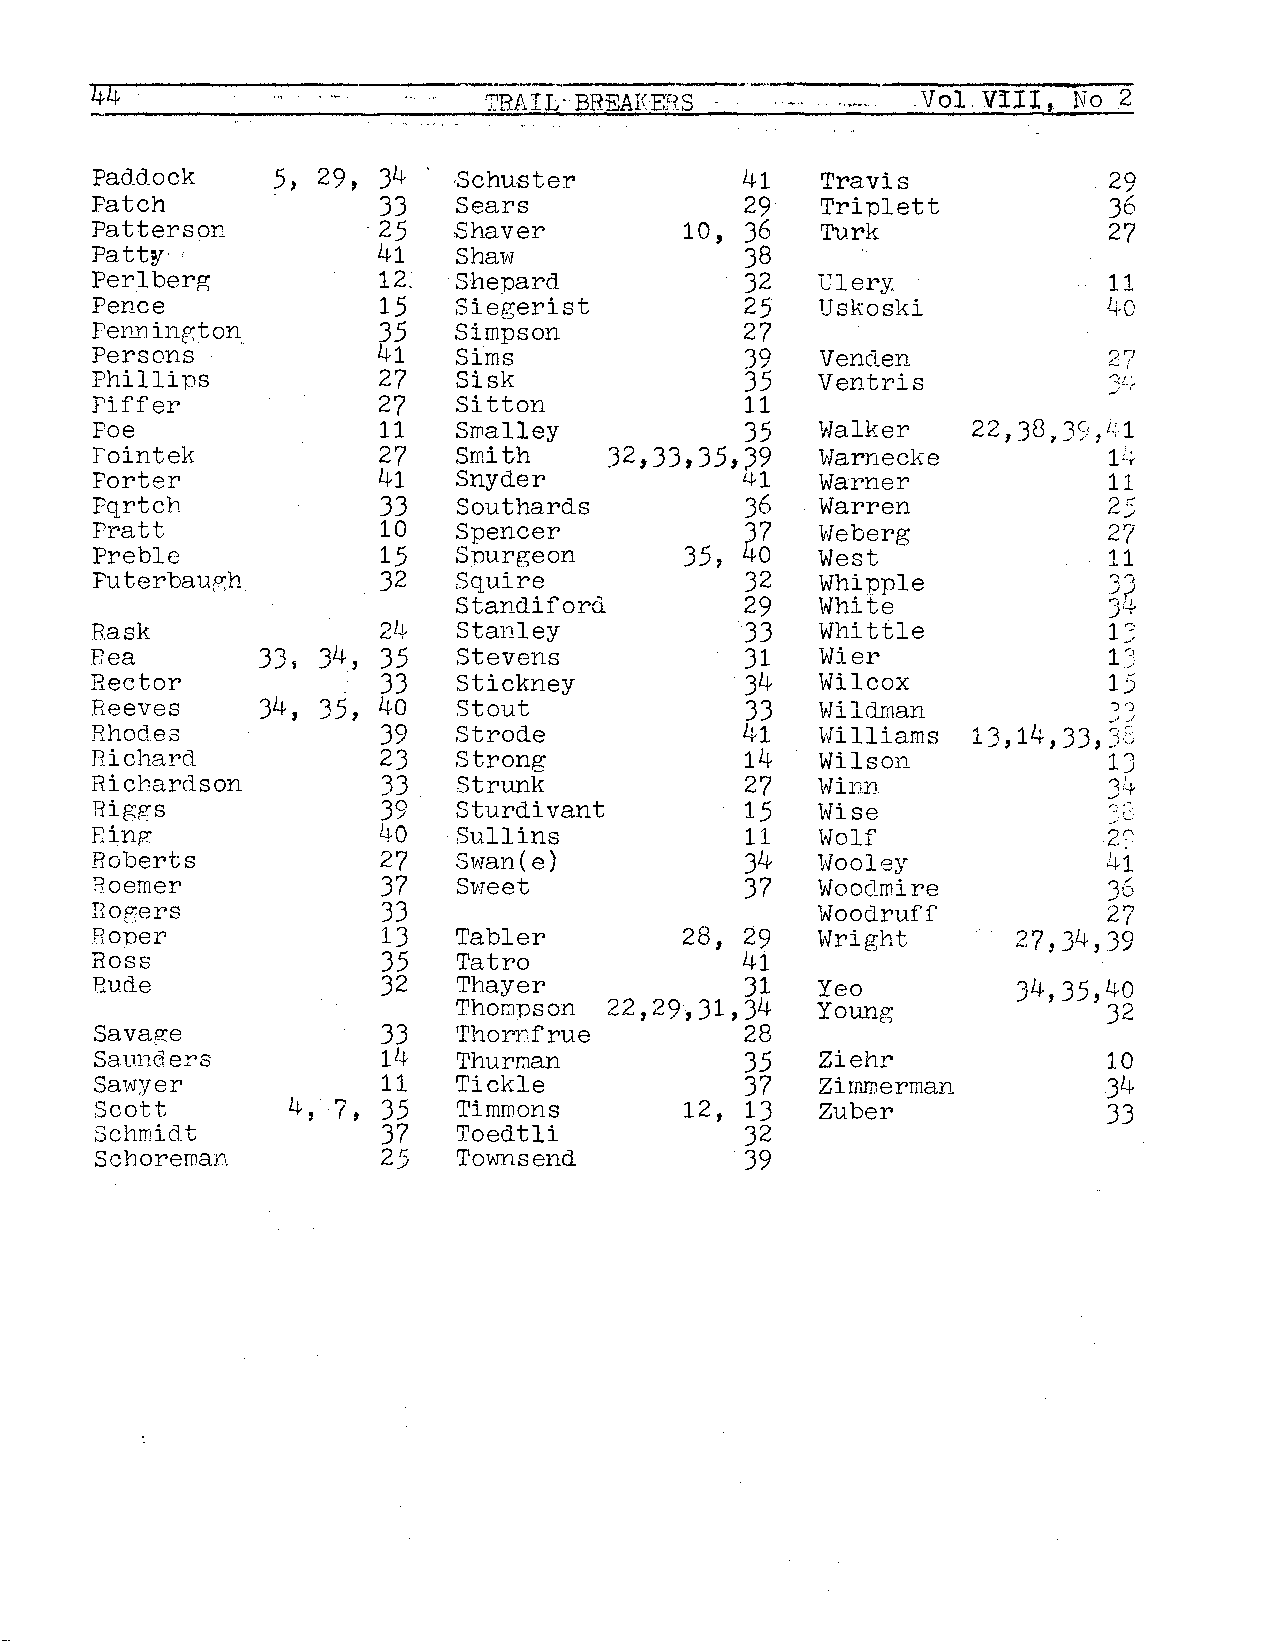
44                        TRAIL··BREAEERS              Vol. VIII, No 2
 Paddock     5, 29, 34   ,Schuster          41   Travis             29
 Patch              33   Sears              29   Triplett           36
 Patterson          25   Shaver         10, 36   Turk               27
 Patty              41   Shaw               38
 Perlberg           12.  Shepard            32   Ulery              11
 Pence              15   Siegerist          25   Uskoski            ~-0
 Pen_n ingt on      35   Simpson            27
 Persons            41   Sims               39   Vern.ten           ? "7)
 Phillips           27   Sisk               35   Ventris            _ ) _ L, >i
 Fiffer             27   Sitton             11
 Poe                11   SJTialley          35   Walker    22 , 38 ; 3~ } , i.;, 1
 fointek            27   Smith     32,33,35,;39  Warnecke           1,~
 Porter             41   Snyder             41   Warner             11
 Pqrtch             33   Southards          36   Warren             2 _,, ,.- ,
 Pratt              10   Spencer            37   Weberg             27
 Preble             15   Spurgeon       35, 40   West               11
 Puterbaup;h        32   Squire             32   Whipple            ,)..,,r,:;-,
 Standiford         29   White              }+
 1 ")
 Rask               24   Stanley            33   Whittle
 _,
 Bea        JJ, J4, 35   Stevens            Jl   Wter               13
 Rector             33   Stickney           34   Wilcox             15
 Reeves     34, 35, 40   Stout              33   Wildman             ') 'J
 Rhodes             39   Strode             41   Williams  • 1 14 33 s_, <I~/
 .L,.,' ' ' _)',,;
 Richard            23   Strong             14   Wilson             1J
 Ricnarclson        33   Strunk             27   Winn               34
 Higgs              39   Sturdivant         15   Wise               r-, ,~. .
 Einp:              40   Sullins            11   Wolf               2..,"..1 ( :. .. '.,
 Roberts            27   Swan(e)            34   Wooley             41
 Roemer             37   Sweet              37   Wooclmire          36
 Bogers             33                           Woodruff           27
 Boner              13   Tabler         28, 29   Wright       27, 34, 39
 Ross               35   Tatro              41
 Rude               32   Thayer             31   Yeo          J4,J5,40
 Thompson  22,29,31,34   Young              32
 Savage             33   Thornfrue          28
 Saunders           11+  Thurman            35   Ziehr              10
 Sawyer             11   Tickle             37   Zimmerman          31-1,
 Scott        4, ,. (., , 35 Timmons    12, 13   Zuber              33
 Schmidt            37   Toedtli            32
 Schoreman          25   Townsend           39